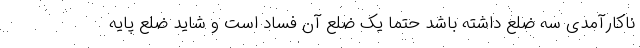
ناکارآمدی سه ضلع داشته باشد حتما یک ضلع آن فساد است و شاید ضلع پایه